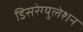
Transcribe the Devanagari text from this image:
डिसरेग्युलेशन